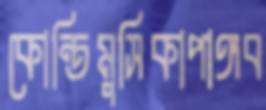
কোন্তিমুসিকাপাঙ্গব